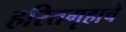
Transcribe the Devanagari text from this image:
हरितगृहाचे